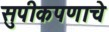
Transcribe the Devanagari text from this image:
सुपीकपणाचे